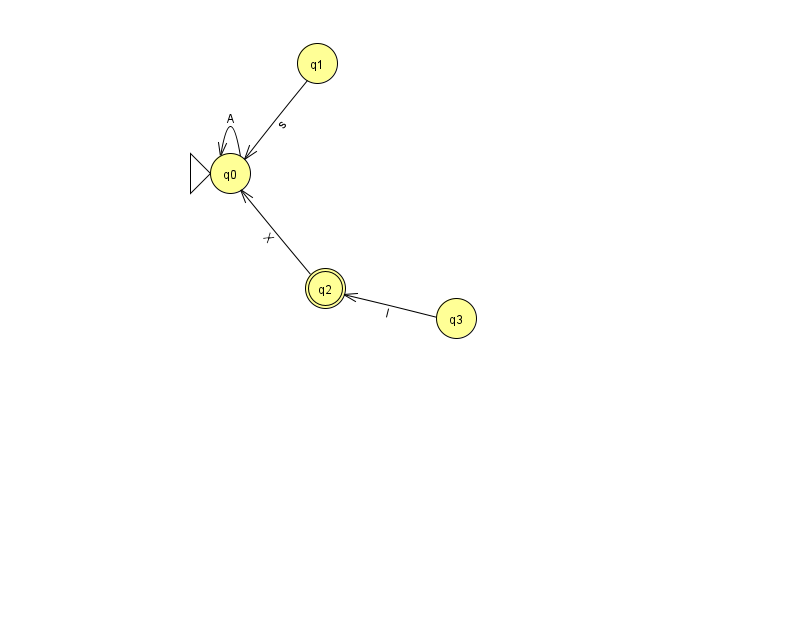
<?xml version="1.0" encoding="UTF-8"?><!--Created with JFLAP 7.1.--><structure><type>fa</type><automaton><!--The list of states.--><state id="0" name="q0"><x>230.0</x><y>160.0</y><initial/></state><state id="1" name="q1"><x>317.0</x><y>50.0</y></state><state id="2" name="q2"><x>325.0</x><y>275.0</y><final/></state><state id="3" name="q3"><x>456.0</x><y>305.0</y></state><!--The list of transitions.--><transition><from>0</from><to>0</to><read>A</read></transition><transition><from>2</from><to>0</to><read>X</read></transition><transition><from>3</from><to>2</to><read>l</read></transition><transition><from>1</from><to>0</to><read>s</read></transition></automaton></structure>